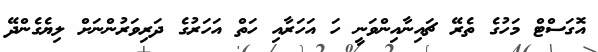
އޮގަސްޓް މަހުގެ ތެރޭ ޗައިނާއިންވަނީ ހަ އަހަރާއި ހަތް އަހަރުގެ ދަރިވަރުންނަށް ލިޔެގެންދޭ